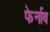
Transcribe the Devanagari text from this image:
फेर्नाव